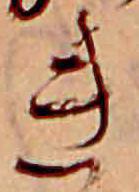
き